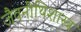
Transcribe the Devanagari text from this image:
जैवनीथिशास्त्र